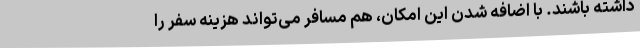
داشته باشند. با اضافه شدن این امکان، هم مسافر می‌تواند هزینه سفر را